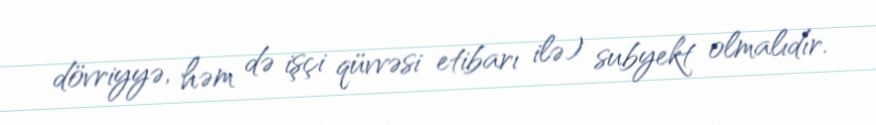
dövriyyə, həm də işçi qüvvəsi etibarı ilə) subyekt olmalıdır.